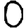
Digit: 0